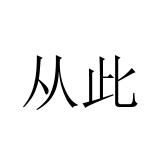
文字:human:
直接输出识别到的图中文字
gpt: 从此